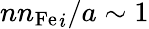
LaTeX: {{nn_{\mathrm{Fe}}}_{i}}/a\sim 1